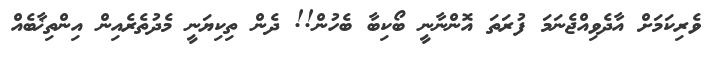
ވެރިކަމަށް އާދެވިއްޖެނަމަ ފުރަތަ އޮންނާނީ ބޯކިބާ ބެހުން!! ދެން ތިކިޔަނީ މެދުތެރެއިން އިންތިޚާބެއް